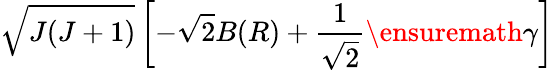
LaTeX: \sqrt{J(J+1)}\left[-\sqrt{2}B(R)+\frac{1}{\sqrt{2}}\ensuremath{\gamma}\right]